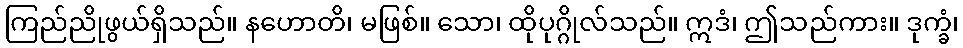
ကြည်ညိုဖွယ်ရှိသည်။ နဟောတိ၊ မဖြစ်။ သော၊ ထိုပုဂ္ဂိုလ်သည်။ ဣဒံ၊ ဤသည်ကား။ ဒုက္ခံ၊